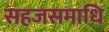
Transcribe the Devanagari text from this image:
सहजसमाधि